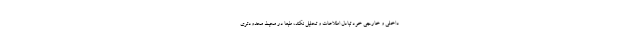
داخلی و خارجی خود تبادل اطلاعات و تحلیل نکند، طبعاً در محیطِ محدودتری